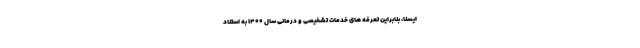
ایسنا، بنابراین تعرفه های خدمات تشخیصی و درمانی سال ۱۴۰۰ به استناد